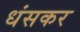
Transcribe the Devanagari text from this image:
धंसकर